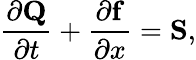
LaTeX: \frac{\partial\mathbf{Q}}{\partial t}+\frac{\partial\mathbf{f}}{\partial x}=\mathbf{S},